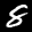
Label: 8